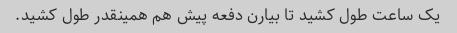
یک ساعت طول کشید تا بیارن دفعه پیش هم همینقدر طول کشید.